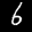
Label: 6